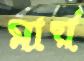
মার্য়